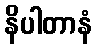
နိပါတာနံ